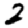
Digit: 2